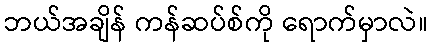
ဘယ်အချိန် ကန်ဆပ်စ်ကို ရောက်မှာလဲ။